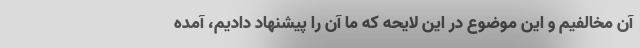
آن مخالفیم و این موضوع در این لایحه که ما آن را پیشنهاد دادیم، آمده